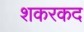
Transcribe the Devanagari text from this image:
शकरकद